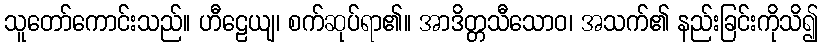
သူတော်ကောင်းသည်။ ဟီဠေယျ၊ စက်ဆုပ်ရာ၏။ အာဒိတ္တသီသောဝ၊ အသက်၏ နည်းခြင်းကိုသိ၍